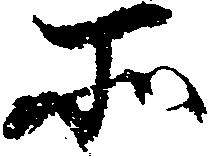
所